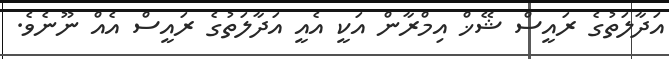
އަދާލަތުގެ ރައީސް ޝޭޚް އިމްރާން އަކީ އެއީ އަދާލަތުގެ ރައީސް އެއް ނޫނެވެ.